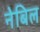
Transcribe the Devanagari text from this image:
नेबिल